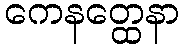
ကေနတ္ထေနာ